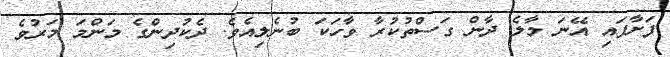
ފަށާފައި އޭނަ މާލެ ދާން ގަސްތުކުރާ ވާހަކަ ބުނެލިއެވެ. ދެކުދިންގެ މަންމަ މަރުވެ